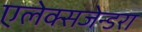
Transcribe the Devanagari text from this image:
एलेक्सजेन्डरा